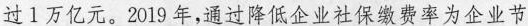
过1万亿元。2019年，通过降低企业社保缴费率为企业节